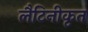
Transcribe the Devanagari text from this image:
लैटिनीकृत